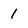
Character: 1